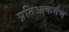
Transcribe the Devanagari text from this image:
प्रतिआकर्मण